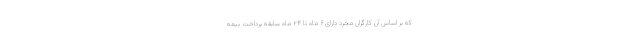
که بر اساس آن کارگران مجرد دارای ۶ ماه تا ۲۴ ماه سابقه پرداخت بیمه